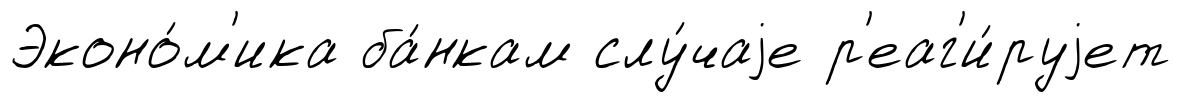
Эконо́м'ика ба́нкам слу́чаjе р'еаг'и́руjет